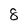
Character: 8